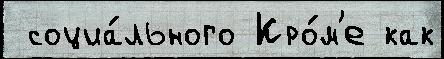
 социа́льного Кро́м'е как